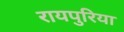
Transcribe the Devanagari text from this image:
रायपुरिया